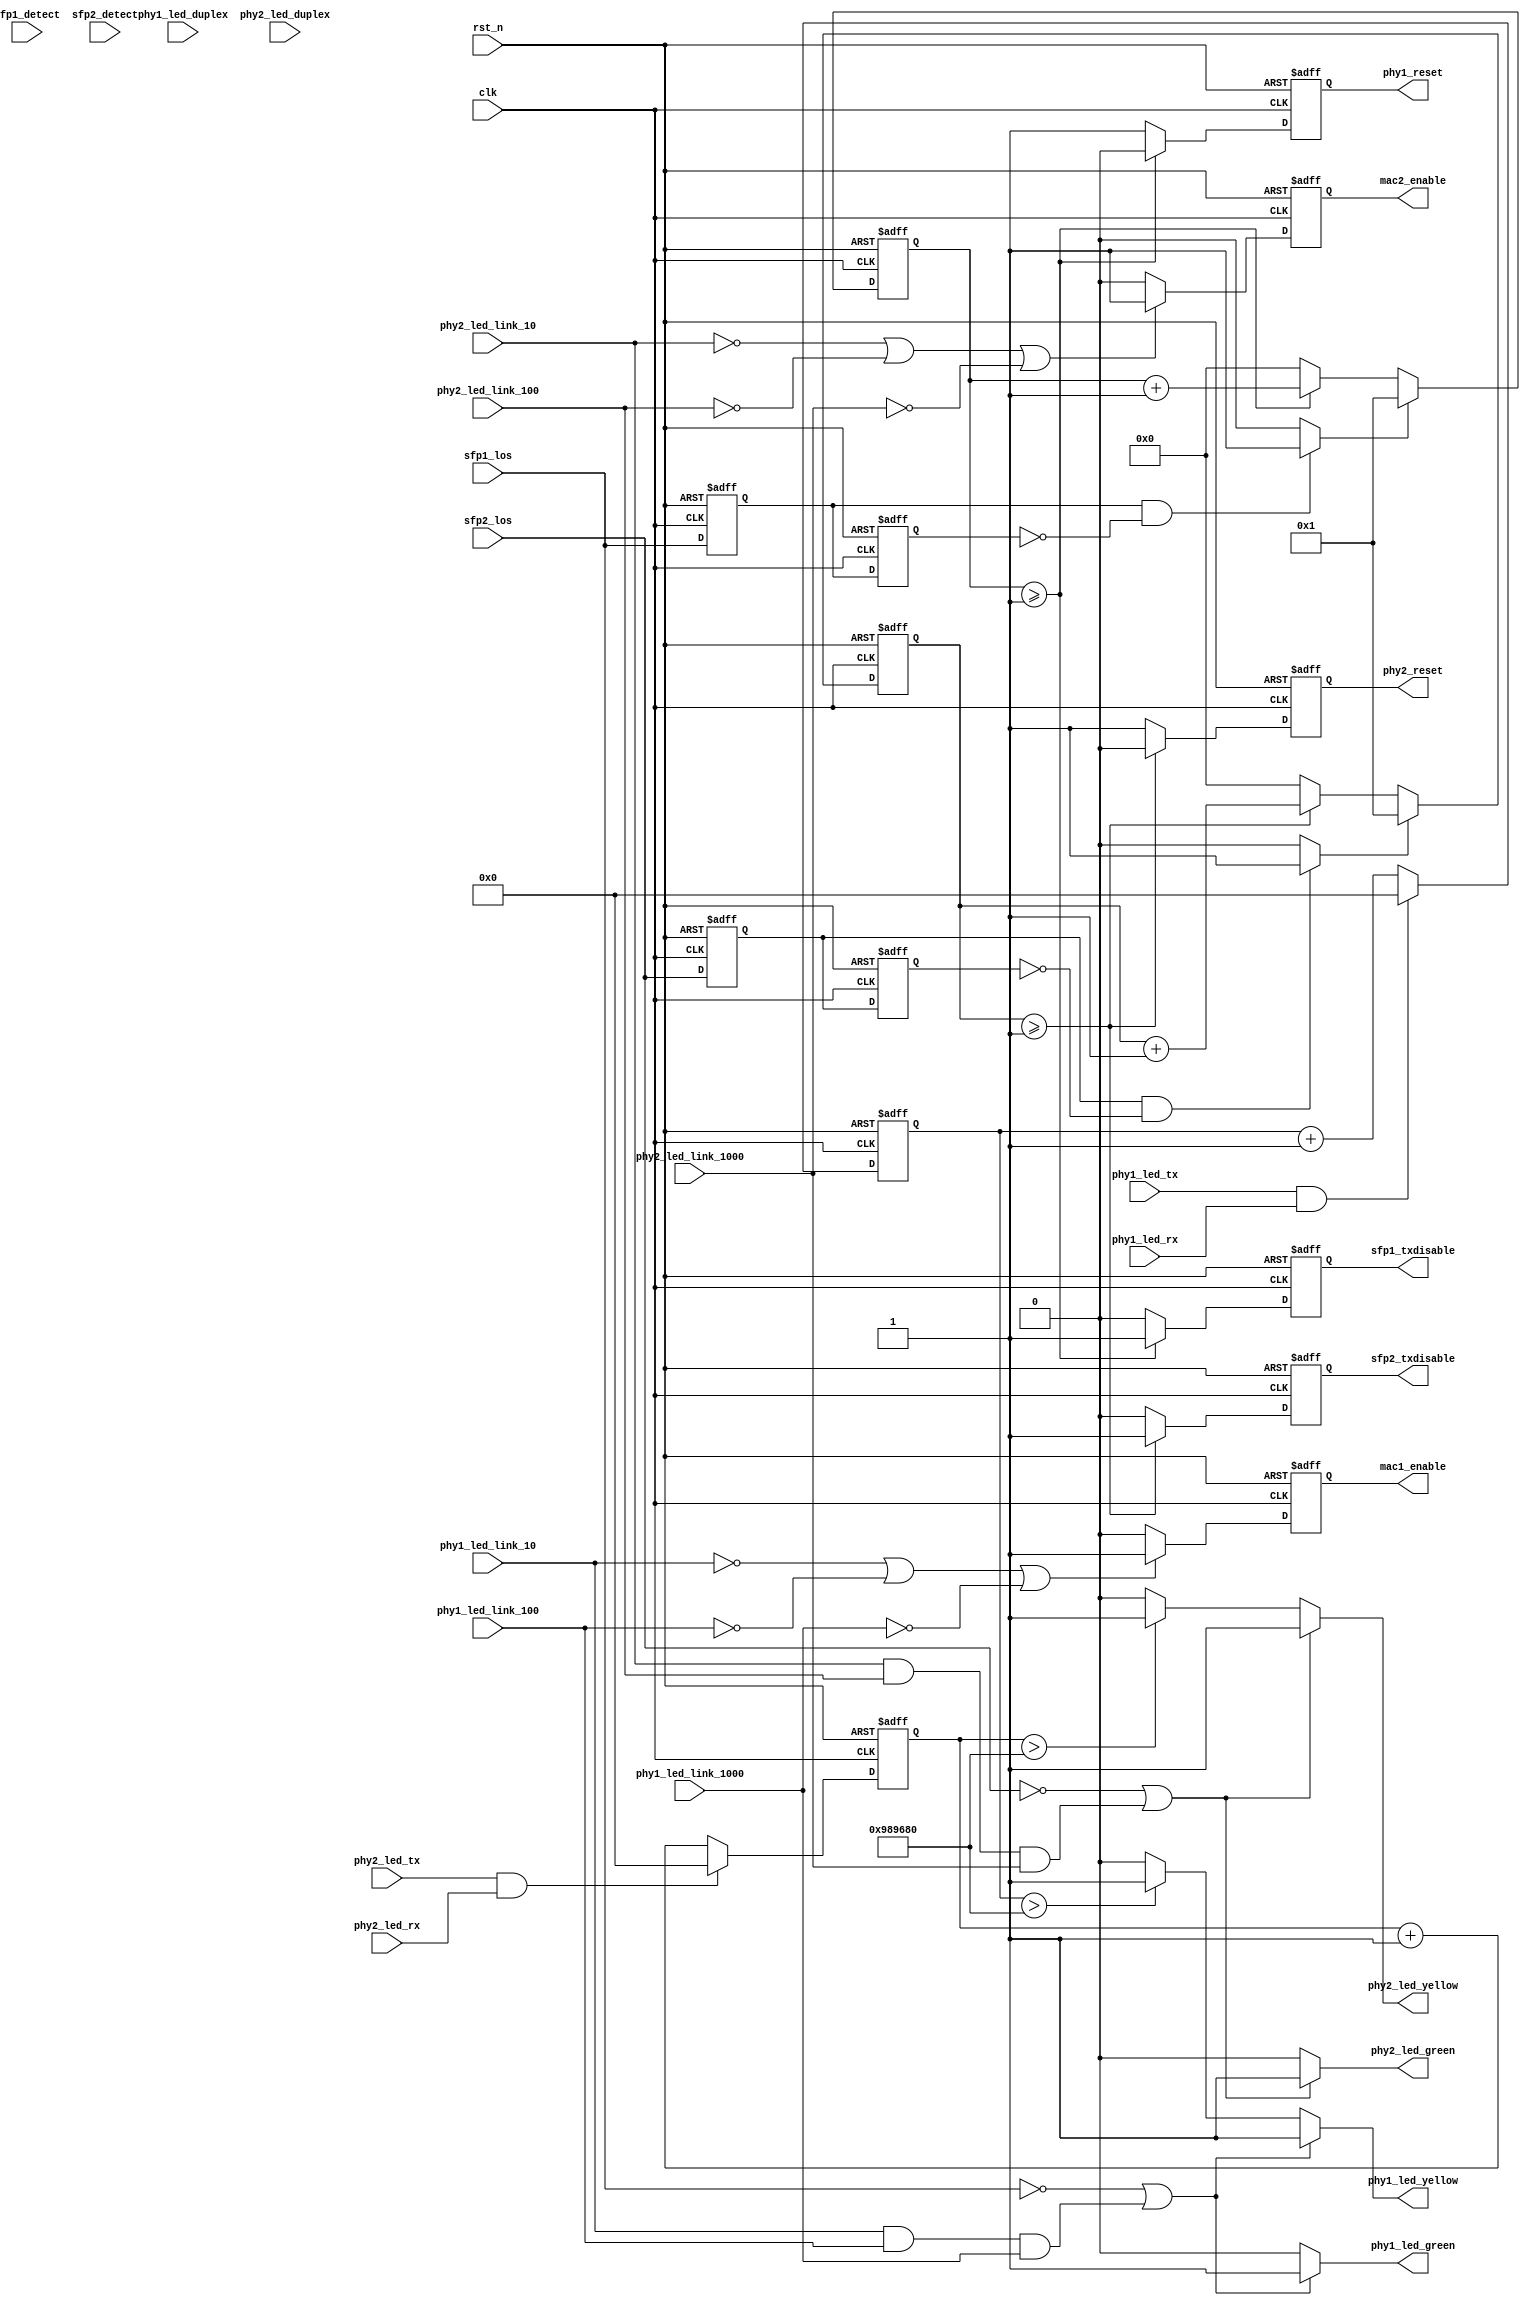
`timescale 1ns / 1ps

//////////////////////////////////////////////////////////////////////////////////
module tap_ctrl(
      input                               clk                     ,   
      input                               rst_n                   ,   
      //--1
      input                               sfp1_los                ,   
      output       reg                    sfp1_txdisable          ,   
      input                               sfp1_detect             ,   
      //--PHY1
      input                               phy1_led_link_1000      ,   //                           PHY.led_link1000
      input                               phy1_led_link_100       ,   //                           PHY.led_link100
      input                               phy1_led_link_10        ,   //                           PHY.led_link10
      input                               phy1_led_tx             ,   //                           PHY.led_tx
      input                               phy1_led_rx             ,   //                           PHY.led_rx
      input                               phy1_led_duplex         ,   //                           PHY.led_duplex
      //--
      output                              phy1_led_green          ,   
      output                              phy1_led_yellow         ,   
      //--2
      input                               sfp2_los                ,   
      output       reg                    sfp2_txdisable          ,   
      input                               sfp2_detect             ,   
      //--PHY2
      input                               phy2_led_link_1000      ,   //                           PHY.led_link1000
      input                               phy2_led_link_100       ,   //                           PHY.led_link100
      input                               phy2_led_link_10        ,   //                           PHY.led_link10
      input                               phy2_led_tx             ,   //                           PHY.led_tx
      input                               phy2_led_rx             ,   //                           PHY.led_rx
      input                               phy2_led_duplex         ,   //                           PHY.led_duplex
      //--
      output                              phy2_led_green          ,   
      output                              phy2_led_yellow         ,   
      //---
      output       reg                    phy1_reset              ,   
      output       reg                    phy2_reset              ,
      //-
      output       reg                    mac1_enable             ,   
      output       reg                    mac2_enable                
    );
//----------------------------------------------------------------------------
//---RESET 88E11
//----------------------------------------------------------------------------
reg            sfp1_los_1r;
reg            sfp1_los_2r;
always @ (posedge clk or negedge rst_n)begin
   if(!rst_n)begin
      sfp1_los_1r   <=   1'b1;
      sfp1_los_2r   <=   1'b1;
      end
   else begin
      sfp1_los_1r   <=   sfp1_los;
      sfp1_los_2r   <=   sfp1_los_1r;
      end
end
reg            sfp2_los_1r;
reg            sfp2_los_2r;
always @ (posedge clk or negedge rst_n)begin
   if(!rst_n)begin
      sfp2_los_1r   <=   1'b1;
      sfp2_los_2r   <=   1'b1;
      end
   else begin
      sfp2_los_1r   <=   sfp2_los;
      sfp2_los_2r   <=   sfp2_los_1r;
      end
end

assign   sfp1_los_flag   =   ((sfp1_los_1r==1'b1) && (sfp1_los_2r==1'b0))   ?   1'b1   :   1'b0;
assign   sfp2_los_flag   =   ((sfp2_los_1r==1'b1) && (sfp2_los_2r==1'b0))   ?   1'b1   :   1'b0;


reg         [9:0]phy1_reset_cnt;
always @ (posedge clk or negedge rst_n)begin
   if(!rst_n)
      phy1_reset_cnt   <=   10'd1;
   else if(sfp1_los_flag==1'b1)
      phy1_reset_cnt   <=   10'd1;
   else if(phy1_reset_cnt>=10'd1)
      phy1_reset_cnt   <=   phy1_reset_cnt + 1'b1;
   else
      phy1_reset_cnt   <=   10'b0;
end
always @ (posedge clk or negedge rst_n)begin
   if(!rst_n)
      phy1_reset   <=   1'b1;
   else if(phy1_reset_cnt>=10'd1)
      phy1_reset   <=   1'b0;
   else
      phy1_reset   <=   1'b1;
end
//assign   sfp1_txdisable   =   1'b0;
always @ (posedge clk or negedge rst_n)begin
   if(!rst_n)
      sfp1_txdisable   <=   1'b0;
   else if(phy1_reset_cnt>=10'd1)
      sfp1_txdisable   <=   1'b1;
   else
      sfp1_txdisable   <=   1'b0;
end

reg[9:0]phy2_reset_cnt;
always @ (posedge clk or negedge rst_n)begin
   if(!rst_n)
      phy2_reset_cnt   <=   10'd1;
   else if(sfp2_los_flag==1'b1)
      phy2_reset_cnt   <=   10'd1;
   else if(phy2_reset_cnt>=10'd1)
      phy2_reset_cnt   <=   phy2_reset_cnt + 1'b1;
   else
      phy2_reset_cnt   <=   10'b0;
end

always @ (posedge clk or negedge rst_n)begin
   if(!rst_n)
      phy2_reset   <=   1'b1;
   else if(phy2_reset_cnt>=10'd1)
      phy2_reset   <=   1'b0;
   else
      phy2_reset   <=   1'b1;
end
//assign   sfp2_txdisable      =      1'b0;
always @ (posedge clk or negedge rst_n)begin
   if(!rst_n)
      sfp2_txdisable   <=   1'b0;
   else if(phy2_reset_cnt>=10'd1)
      sfp2_txdisable   <=   1'b1;
   else
      sfp2_txdisable   <=   1'b0;
end

//******************************************************
//LED  1
//******************************************************
assign phy1_led_yellow_valid   =   (phy1_led_tx   & phy1_led_rx) == 1'b0 ? 1'b1 : 1'b0;
reg[23:0]phy1_led_yellow_cnt;
always @ (posedge clk or negedge rst_n)begin
   if(!rst_n)
     phy1_led_yellow_cnt <= 24'b0;
   else if(phy1_led_yellow_valid == 1'b1)
     phy1_led_yellow_cnt <= phy1_led_yellow_cnt + 1'b1;
   else
     phy1_led_yellow_cnt <= 24'b0;
end
//--1 LED ()
assign   phy1_led_green   =   (~sfp1_los |(phy1_led_link_10 & phy1_led_link_100 & phy1_led_link_1000 ))== 1'b0 ? 1'b0 : 1'b1;
//--1 LED ()
assign   phy1_led_yellow   =  (phy1_led_green==1'b1) ?  1'b1 : (phy1_led_yellow_cnt > 24'd10000000)? 1'b1 : 1'b0;
//--1 LED ()
assign   sfp1_green   =   (sfp1_los |(phy1_led_link_10 & phy1_led_link_100 & phy1_led_link_1000 ))== 1'b0 ? 1'b0 : 1'b1;
//--1 LED ()
assign   sfp1_yellow   =  (sfp1_green==1'b1) ?  1'b1 : (phy1_led_yellow_cnt > 24'd10000000)? 1'b1 : 1'b0;

//******************************************************
//LED  2
//******************************************************
assign phy2_led_yellow_valid   =   (phy2_led_tx   & phy2_led_rx) == 1'b0 ? 1'b1 : 1'b0;
reg[23:0]phy2_led_yellow_cnt;
always @ (posedge clk or negedge rst_n)begin
   if(!rst_n)
     phy2_led_yellow_cnt <= 24'b0;
   else if(phy2_led_yellow_valid == 1'b1)
     phy2_led_yellow_cnt <= phy2_led_yellow_cnt + 1'b1;
   else
     phy2_led_yellow_cnt <= 24'b0;
end
//--2 LED ()
assign   phy2_led_green   =   (~sfp2_los |(phy2_led_link_10 & phy2_led_link_100 & phy2_led_link_1000 ))== 1'b0 ? 1'b0 : 1'b1;
//--2 LED ()
assign   phy2_led_yellow   =  (phy2_led_green==1'b1) ?  1'b1 : (phy2_led_yellow_cnt > 24'd10000000)? 1'b1 : 1'b0;
//--2 LED ()
assign   sfp2_green   =   (sfp2_los |(phy2_led_link_10 & phy2_led_link_100 & phy2_led_link_1000 ))== 1'b0 ? 1'b0 : 1'b1;
//--2 LED ()
assign   sfp2_yellow   =  (sfp2_green==1'b1) ?  1'b1 : (phy2_led_yellow_cnt > 24'd10000000)? 1'b1 : 1'b0;

//******************************************************
//MAC1 Enable
//******************************************************
always @ (posedge clk or negedge rst_n)begin
   if(!rst_n)
     mac1_enable <= 1'b0;
   else if(phy1_led_link_10==1'b0 || phy1_led_link_100==1'b0 || phy1_led_link_1000==1'b0)
     mac1_enable <= 1'b1;
   else
     mac1_enable <= 1'b0;
end
//******************************************************
//MAC2 Enable
//******************************************************
always @ (posedge clk or negedge rst_n)begin
   if(!rst_n)
     mac2_enable <= 1'b0;
   else if(phy2_led_link_10==1'b0 || phy2_led_link_100==1'b0 || phy2_led_link_1000==1'b0)
     mac2_enable <= 1'b1;
   else
     mac2_enable <= 1'b0;
end
endmodule